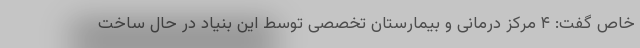
خاص گفت: ۴ مرکز درمانی و بیمارستان تخصصی توسط این بنیاد در حال ساخت